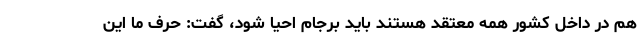
هم در داخل کشور همه معتقد هستند باید برجام احیا شود، گفت: حرف ما این